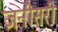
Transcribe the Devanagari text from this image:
जनीसरी